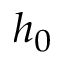
h _ { 0 }